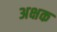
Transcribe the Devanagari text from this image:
अक्षक